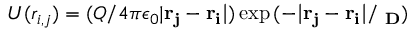
U ( r _ { i , j } ) = ( Q / 4 \pi \epsilon _ { 0 } | \bf { r } _ { j } - \mathbf { r } _ { i } | ) \exp { ( - | \mathbf { r } _ { j } - \mathbf { r } _ { i } | / \lambda _ { D } ) }